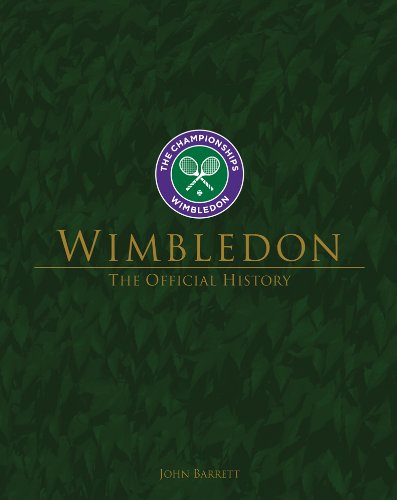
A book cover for Wimbledon: The Official Illustrated History; John Barrett; Sports & Outdoors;